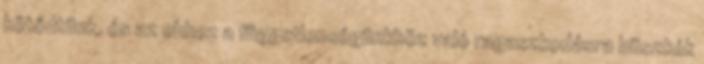
kötődtünk, és az ehhez a függetlenségünkhöz való ragaszkodásra büszkék